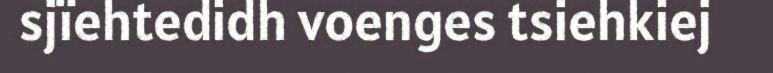
sjïehtedidh voenges tsiehkiej